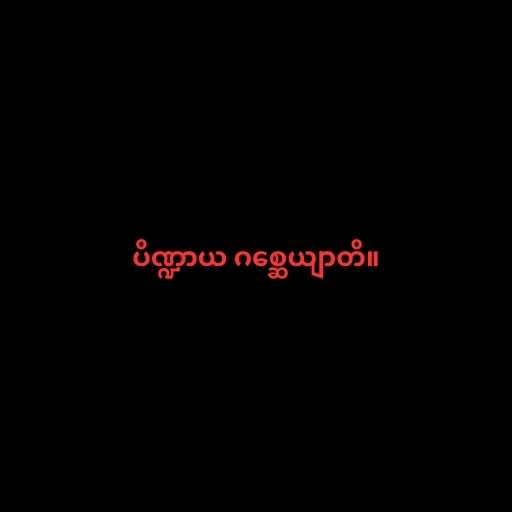
ပိဏ္ဍာယ ဂစ္ဆေယျာတိ။